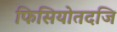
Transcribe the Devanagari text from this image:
फिसियोतदजि